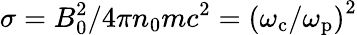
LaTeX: \sigma=B_{0}^{2}/4\pi n_{0}mc^{2}=\left(\omega_{\mathrm{c}}/\omega_{\mathrm{p}}\right)^{2}